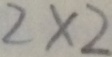
2 \times 2